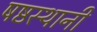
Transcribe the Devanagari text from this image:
षष्ठस्थानी